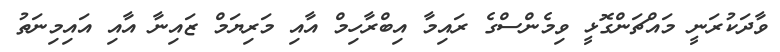
ވާދަކުރަނީ މައްޗަންގޮޅީ ވިމެންސްގެ ރައިމާ އިބްރާހިމް އާއި މަރިޔަމް ޒައިނާ އާއި އައިމިނަތު